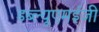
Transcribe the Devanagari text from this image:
डब्ल्यूएमईजी